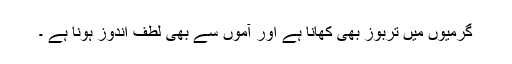
گرمیوں میں تربوز بھی کھانا ہے اور آموں سے بھی لطف اندوز ہونا ہے ۔